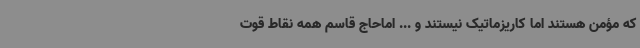
که مؤمن هستند اما کاریزماتیک نیستند و ... اماحاج قاسم همه نقاط قوت